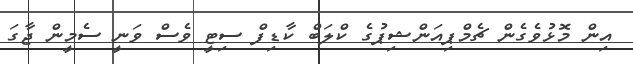
އިން މޮޅުވެގެން ޗެމްޕިއަންޝިޕުގެ ކްލަބް ކާޑިފް ސިޓީ ވެސް ވަނީ ސެމީން ޖާގަ